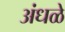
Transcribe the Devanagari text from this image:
अंधळे